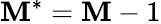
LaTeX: \mathbf{M}^{*}=\mathbf{M}-1